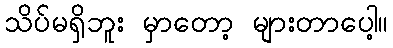
သိပ်မရှိဘူး မှာတော့ များတာပေါ့။